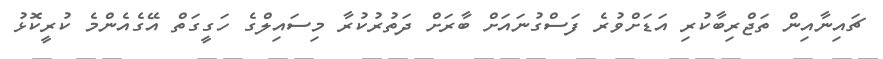
ޗައިނާއިން ތަޖްރިބާކުރި އަޑަށްވުރެ ފަސްގުނައަށް ބާރަށް ދަތުރުކުރާ މިސައިލްގެ ހަގީގަތް އޭގެއެންމެ ކުރީކޮޅު